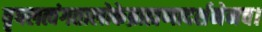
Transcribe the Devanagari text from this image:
वृषलत्वंगतालोकेब्राह्मणादर्शनेनच।